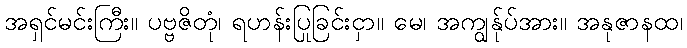
အရှင်မင်းကြီး။ ပဗ္ဗဇိတုံ၊ ရဟန်းပြုခြင်းငှာ။ မေ၊ အကျွန်ုပ်အား။ အနုဇာနထ၊